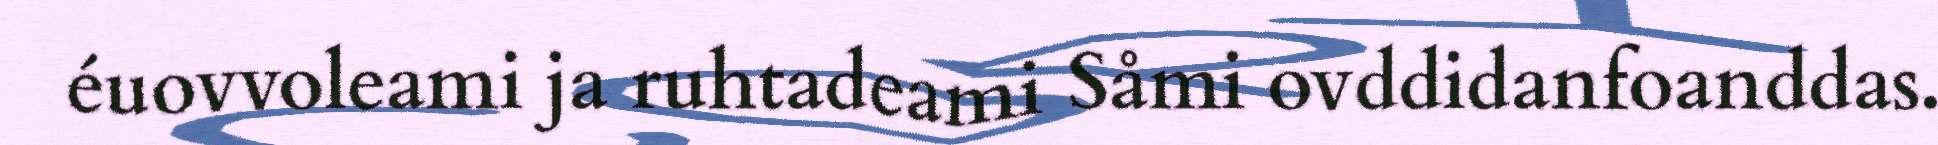
éuovvoleami ja ruhtadeami Såmi ovddidanfoanddas.